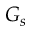
G _ { s }